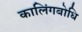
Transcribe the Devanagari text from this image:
कालिंगबोधि